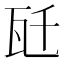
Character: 瓩